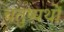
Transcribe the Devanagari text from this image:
चतुष्पथों